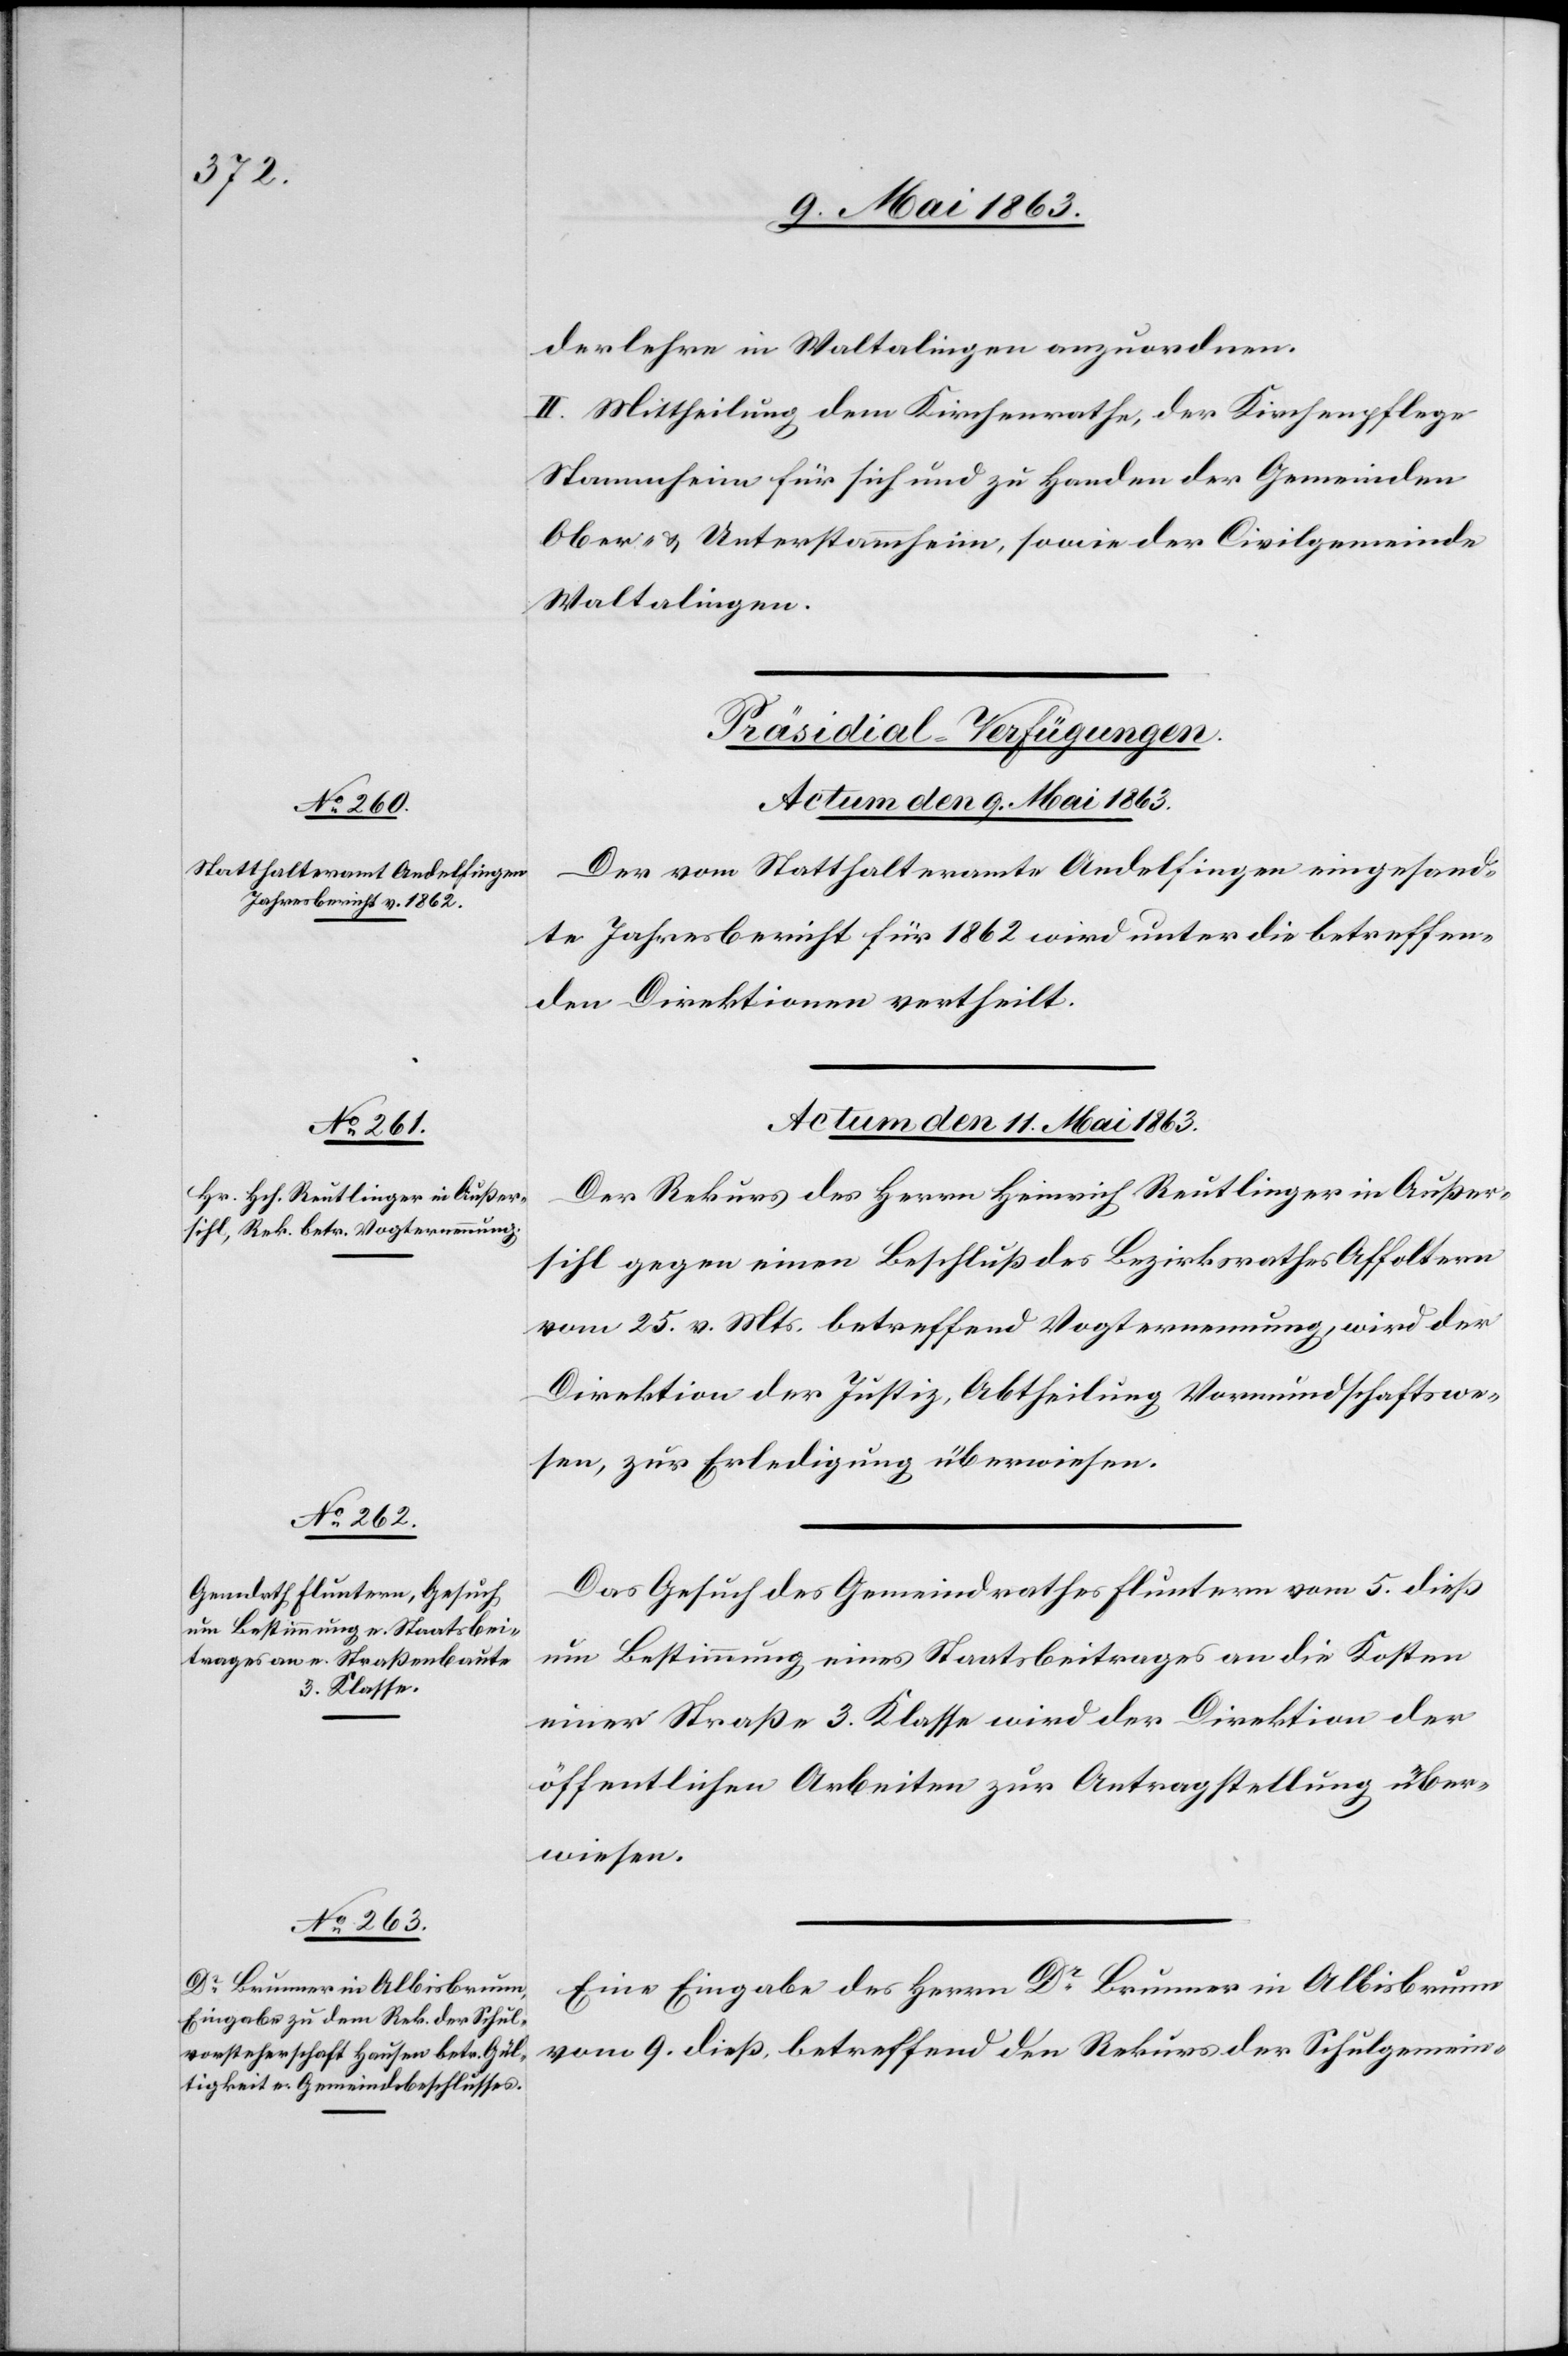
derlehre in Waltalingen anzuordnen.
II. Mittheilung dem Kirchenrathe, der Kirchenpflege
Stammheim für sich und zu Handen der Gemeinden
Ober- & Unterstammheim, sowie der Civilgemeinde
Waltalingen.
[Präsidial-Verfügungen.
Actum den 11. Mai 1863.]
Der vom Statthalteramte Andelfingen eingesand¬
te Jahresbericht für 1862 wird unter die betreffen¬
den Direktionen vertheilt.
Der Rekurs des Herrn Heinrich Reutlinger in Außer¬
sihl gegen einen Beschluß des Bezirksrathes Affoltern
vom 25. v. Mts. betreffend Vogternennung, wird der
Direktion der Justiz, Abtheilung Vormundschaftswe¬
sen, zur Erledigung überwiesen.
Das Gesuch des Gemeindrathes Fluntern vom 5. dieß
um Bestimmung eines Staatsbeitrages an die Kosten
einer Straße 3. Klasse wird der Direktion der
öffentlichen Arbeiten zur Antragstellung über¬
wiesen.
Eine Eingabe des Herrn Dr Brunner in Albisbrunn
vom 9. dieß, betreffend den Rekurs der Schulgemein-